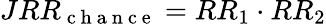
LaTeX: JRR_{\mathrm{~c~h~a~n~c~e~}}=RR_{1}\cdot RR_{2}